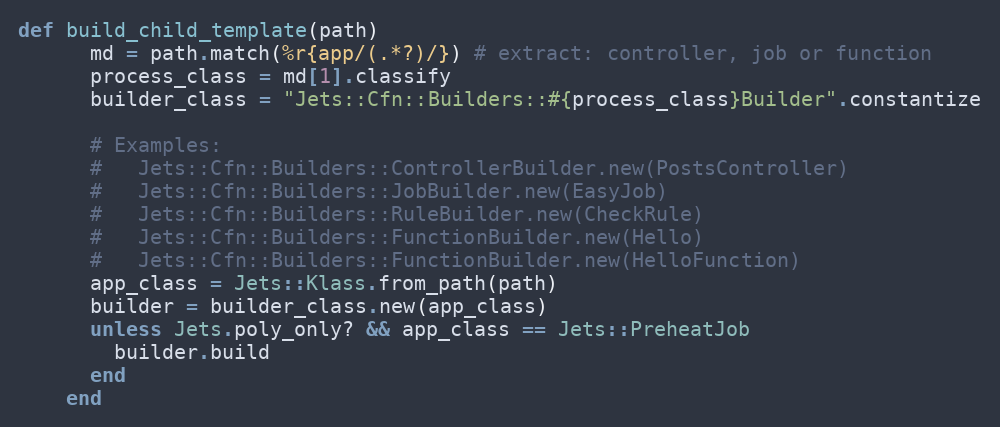
Language: Ruby
def build_child_template(path)
      md = path.match(%r{app/(.*?)/}) # extract: controller, job or function
      process_class = md[1].classify
      builder_class = "Jets::Cfn::Builders::#{process_class}Builder".constantize

      # Examples:
      #   Jets::Cfn::Builders::ControllerBuilder.new(PostsController)
      #   Jets::Cfn::Builders::JobBuilder.new(EasyJob)
      #   Jets::Cfn::Builders::RuleBuilder.new(CheckRule)
      #   Jets::Cfn::Builders::FunctionBuilder.new(Hello)
      #   Jets::Cfn::Builders::FunctionBuilder.new(HelloFunction)
      app_class = Jets::Klass.from_path(path)
      builder = builder_class.new(app_class)
      unless Jets.poly_only? && app_class == Jets::PreheatJob
        builder.build
      end
    end